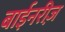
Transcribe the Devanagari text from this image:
बाईनरीज़